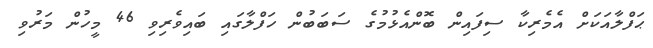
ޙަފްލާއަކަށް އެމެރިކާ ސިފައިން ބޮންއެޅުމުގެ ސަބަބުން ހަފްލާގައި ބައިވެރިވި 46 މީހުން މަރުވި